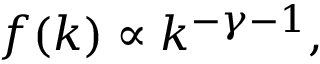
f ( k ) \propto k ^ { - \gamma - 1 } ,